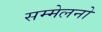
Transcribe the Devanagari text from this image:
सम्मेलनो